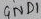
Text: GND1